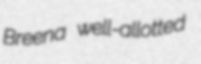
Breena well-allotted